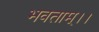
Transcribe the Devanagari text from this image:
भवताम्।।